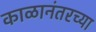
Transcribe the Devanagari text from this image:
काळानंतरच्या